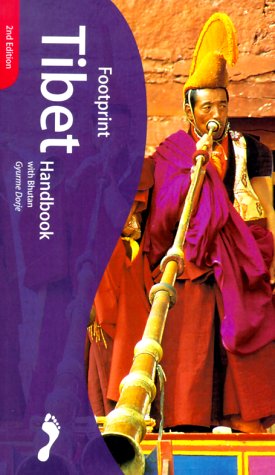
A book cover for Footprint Tibet Handbook: The Travel Guide; Gyurme Dorje; Travel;